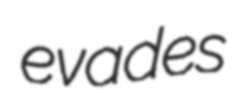
evades